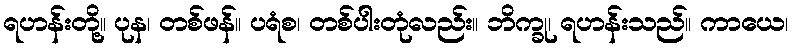
ရဟန်းတို့။ ပုန၊ တစ်ဖန်။ ပရံစ၊ တစ်ပါးတုံလည်း။ ဘိက္ခု၊ ရဟန်းသည်။ ကာယေ၊